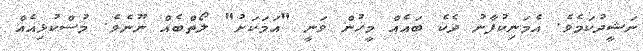
ނަޝީދުކަމެވެ. އެމަނިކުފާނު ދެކެ ބައެއް މީހުން ވަނީ "އަމަކަށު" ލޯތްބެއް ނޫނެވެ. މުސްކުޅިއެއް